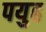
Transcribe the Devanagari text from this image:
पयुह